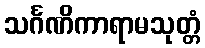
သင်္ဂဏိကာရာမသုတ္တံ